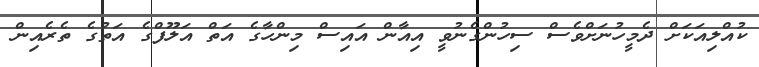
ކުއްލިއަކަށް ދެމީހުނަށްވެސް ސިހުންގެނުވީ އިއާން އައިސް މިންހާގެ އަތް އަލޫފްގެ އަތުގެ ތެރެއިން